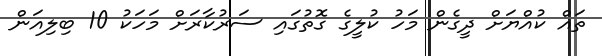
ތައް ކުއްޔަށް ދީގެން މަހު ކުލީގެ ގޮތުގައި ސަރުކާރަށް މަހަކު 10 ބިލިއަން